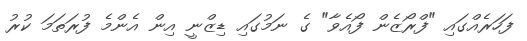
ފަހަރެއްގައި "ފްރޯޒެން ފޯއެވާ" ގެ ނަމުގައި ޑިޒްނީ އިން އެންމެ ފުރަތަމަ ކުރު